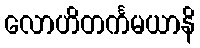
လောဟိတင်္ကမယာနိ